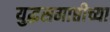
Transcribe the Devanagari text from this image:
युद्धसमाप्तीच्या